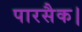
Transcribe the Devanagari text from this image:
पारसैक।